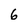
Character: 6